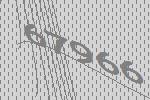
67966